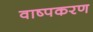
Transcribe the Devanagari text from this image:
वाष्पकरण